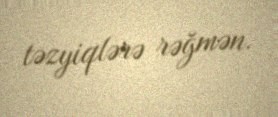
təzyiqlərə rəğmən.